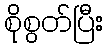
စိုစွတ်ပြီး